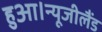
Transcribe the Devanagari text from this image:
हुआ।न्यूजीलैंड